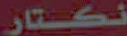
نكتار